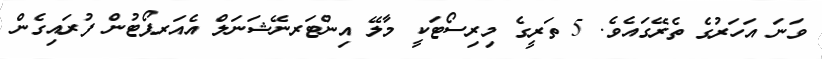
ވަނަ އަހަރުގެ ތެރޭގައެވެ. 5 ތަރީގެ މިރިސޯޓަކީ މާލޭ އިންޓަރނޭޝަނަލް އެއަރޕޯޓުން ފުރައިގެން